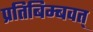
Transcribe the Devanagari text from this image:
प्रतिबिम्बवत्